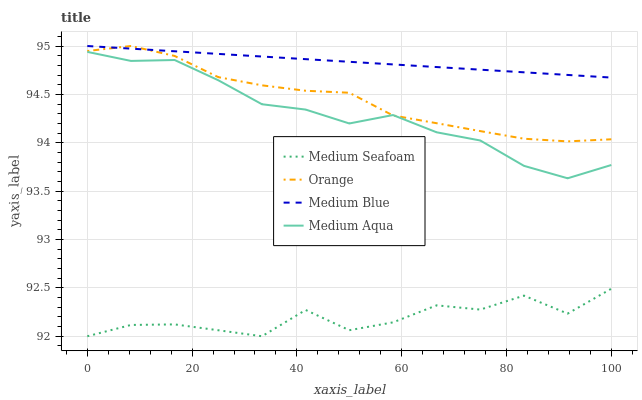
| xaxis_label | Medium Seafoam | Orange | Medium Blue | Medium Aqua |
 | --- | --- | --- | --- | --- |
 | 0 | 92 | 94.9 | 95 | 94.9 |
 | 8.33 | 92.1 | 95 | 95 | 94.8 |
 | 16.7 | 92.1 | 94.9 | 94.9 | 94.9 |
 | 25 | 92.1 | 94.7 | 94.9 | 94.6 |
 | 33.3 | 92 | 94.6 | 94.9 | 94.4 |
 | 41.7 | 92.3 | 94.5 | 94.9 | 94.3 |
 | 50 | 92.1 | 94.5 | 94.8 | 94.2 |
 | 58.3 | 92.1 | 94.3 | 94.8 | 94.3 |
 | 66.7 | 92.3 | 94.2 | 94.8 | 94.1 |
 | 75 | 92.3 | 94.1 | 94.8 | 94 |
 | 83.3 | 92.4 | 94 | 94.7 | 93.8 |
 | 91.7 | 92.2 | 94 | 94.7 | 93.6 |
 | 100 | 92.5 | 94 | 94.7 | 93.8 |